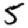
Digit: 5